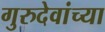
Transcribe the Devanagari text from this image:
गुरुदेवांच्या